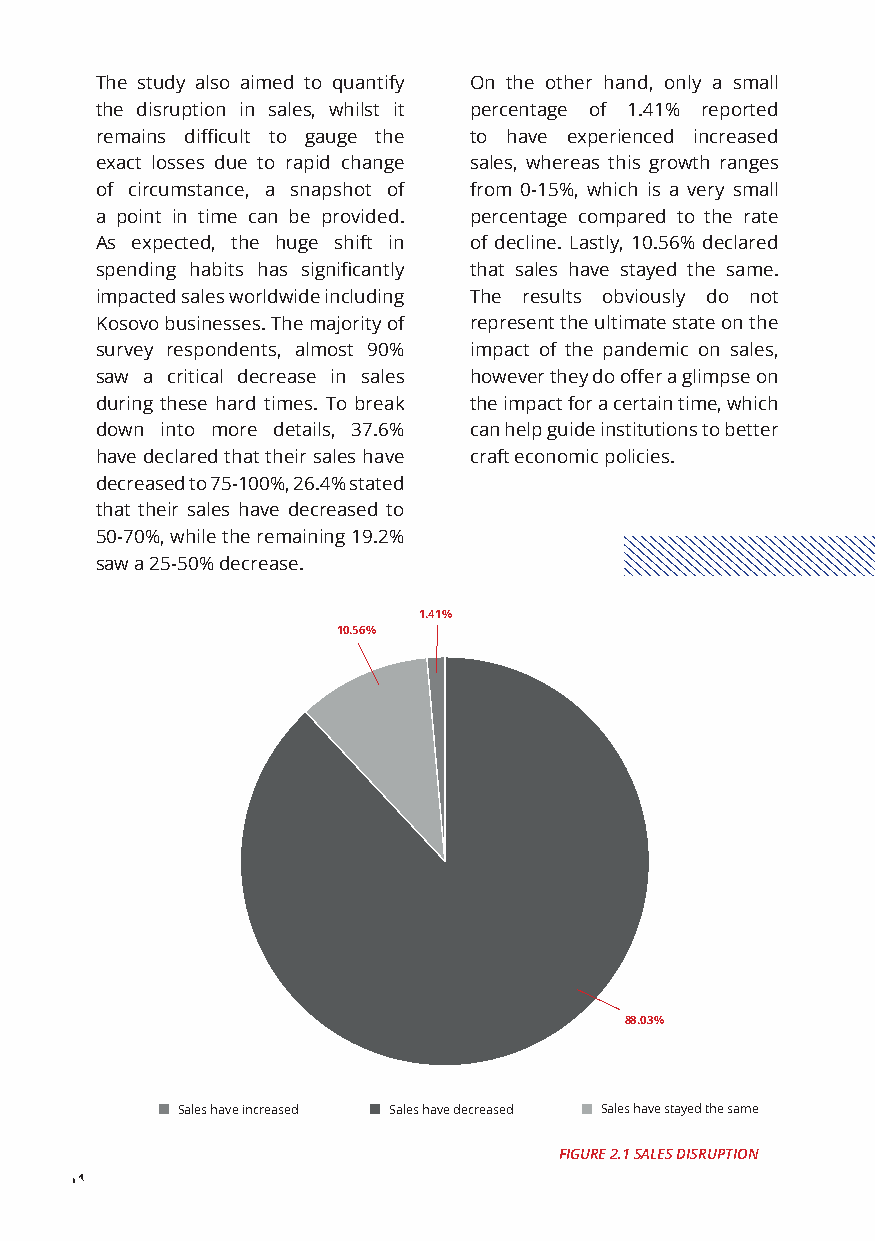
The study also aimed to quantify On the other hand, only a small
 the disruption in sales, whilst it percentage of 1.41% reported
 remains difficult to gauge the to have experienced increased
 exact losses due to rapid change sales, whereas this growth ranges
 of circumstance, a snapshot of from 0-15%, which is a very small
 a point in time can be provided. percentage compared to the rate
 As expected, the huge shift in of decline. Lastly, 10.56% declared
 spending habits has significantly that sales have stayed the same.
 impacted sales worldwide including The results obviously do not
 Kosovo businesses. The majority of represent the ultimate state on the
 survey respondents, almost 90% impact of the pandemic on sales,
 saw a critical decrease in sales however they do offer a glimpse on
 during these hard times. To break the impact for a certain time, which
 down into more details, 37.6% can help guide institutions to better
 have declared that their sales have craft economic policies.
 decreased to 75-100%, 26.4% stated
 that their sales have decreased to
 50-70%, while the remaining 19.2%
 saw a 25-50% decrease.
 1.41%
 10.56%
 88.03%
 Sales have increased Sales have decreased Sales have stayed the same
 FIGURE 2.1 SALES DISRUPTION
 14